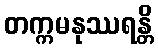
တက္ကမနုဿရန္တိ